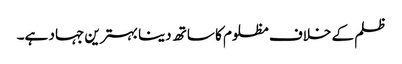
ظلم کے خلاف مظلوم کا ساتھ دینا بہترین جہاد ہے۔